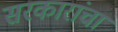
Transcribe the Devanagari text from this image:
सरकारांचा